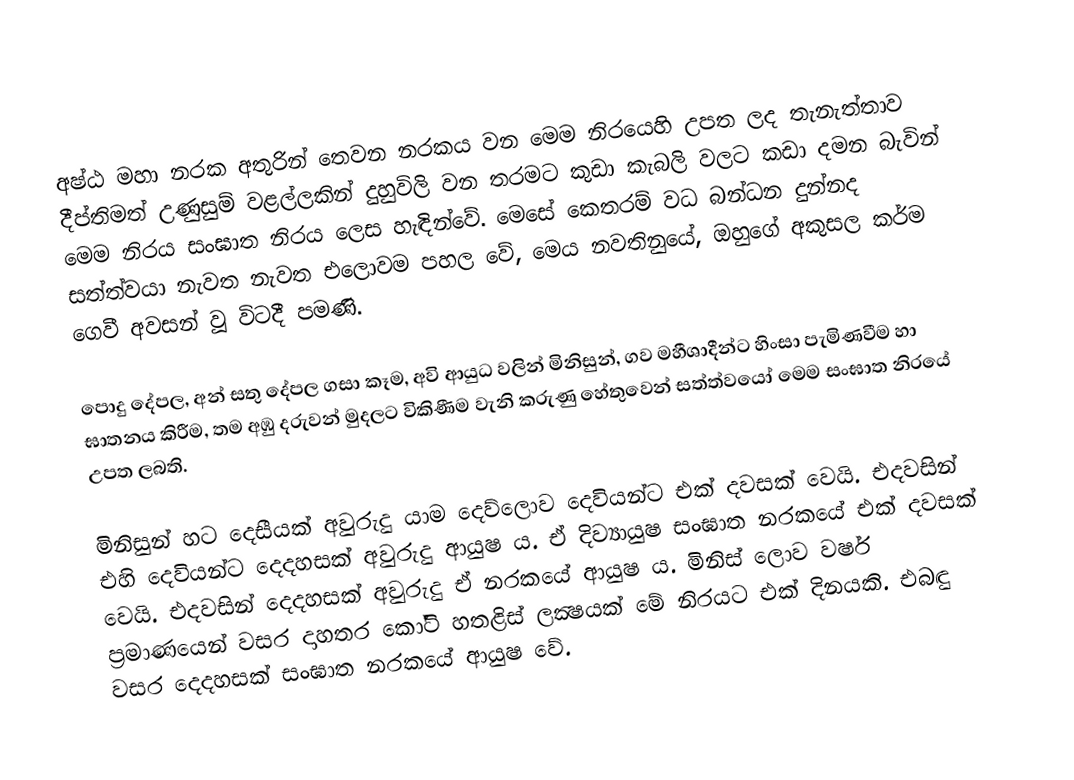
අෂ්ඨ මහා නරක අතුරින් තෙවන නරකය වන මෙම නිරයෙහි උපත ලද තැනැත්තාව දීප්තිමත් උණුසුම් වළල්ලකින් දුහුවිලි වන තරමට කුඩා කැබලි වලට කඩා දමන බැවින් මෙම නිරය සංඝාත නිරය ලෙස හැඳින්වේ. මෙසේ කෙතරම් වධ බන්ධන දුන්නද සත්ත්වයා නැවත නැවත එලොවම පහල වේ, මෙය නවතිනුයේ, ඔහුගේ අකුසල කර්ම ගෙවී අවසන් වූ විටදී පමණි.

පොදු දේපල, අන් සතු දේපල ගසා කෑම, අවි ආයුධ වලින් මිනිසුන්, ගව මහීශාදීන්ට හිංසා පැමිණවීම හා ඝාතනය කිරීම, තම අඹු දරුවන් මුදලට විකිණීම වැනි කරුණු හේතුවෙන් සත්ත්වයෝ මෙම සංඝාත නිරයේ උපත ලබති.

මිනිසුන් හට දෙසීයක් අවුරුදු යාම දෙව්ලොව දෙවියන්ට එක් දවසක් වෙයි. එදවසින් එහි දෙවියන්ට දෙදහසක් අවුරුදු ආයුෂ ය. ඒ දිව්‍යායුෂ සංඝාත නරකයේ එක් දවසක් වෙයි. එදවසින් දෙදහසක් අවුරුදු ඒ නරකයේ ආයුෂ ය. මිනිස් ලොව වර්ෂ ප්‍රමාණයෙන් වසර දාහතර කෝටි හතළිස් ලක්‍ෂයක් මේ නිරයට එක් දිනයකි. එබඳු වසර දෙදහසක් සංඝාත නරකයේ ආයුෂ වේ.